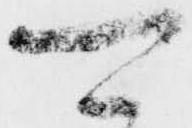
可